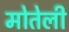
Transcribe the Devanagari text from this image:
मोतेली